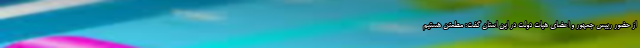
از حضور رییس جمهور و اعضای هیات دولت در این استان گفت: مطمئن هستیم